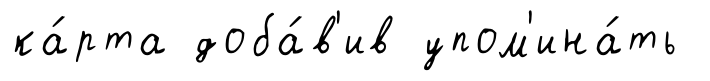
ка́рта доба́в'ив упом'ина́ть